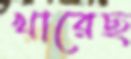
খারেছ